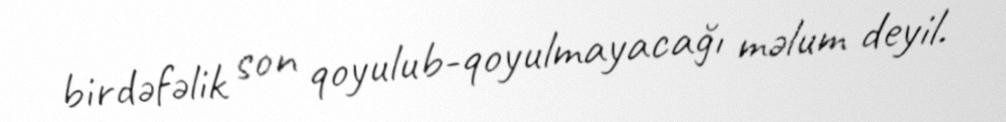
birdəfəlik son qoyulub-qoyulmayacağı məlum deyil.